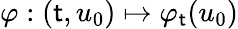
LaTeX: \varphi:(\mathsf{t},u_{0})\mapsto\varphi_{\mathsf{t}}(u_{0})